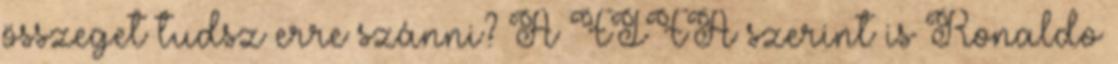
összeget tudsz erre szánni? A FIFA szerint is Ronaldo